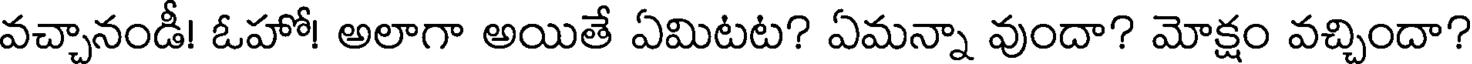
వచ్చానండీ! ఓహో! అలాగా అయితే ఏమిటట? ఏమన్నా వుందా? మోక్షం వచ్చిందా?